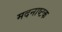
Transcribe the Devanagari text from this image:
मदनाष्टक